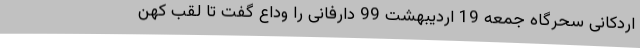
اردکانی سحرگاه جمعه 19 اردیبهشت 99 دارفانی را وداع گفت تا لقب کهن